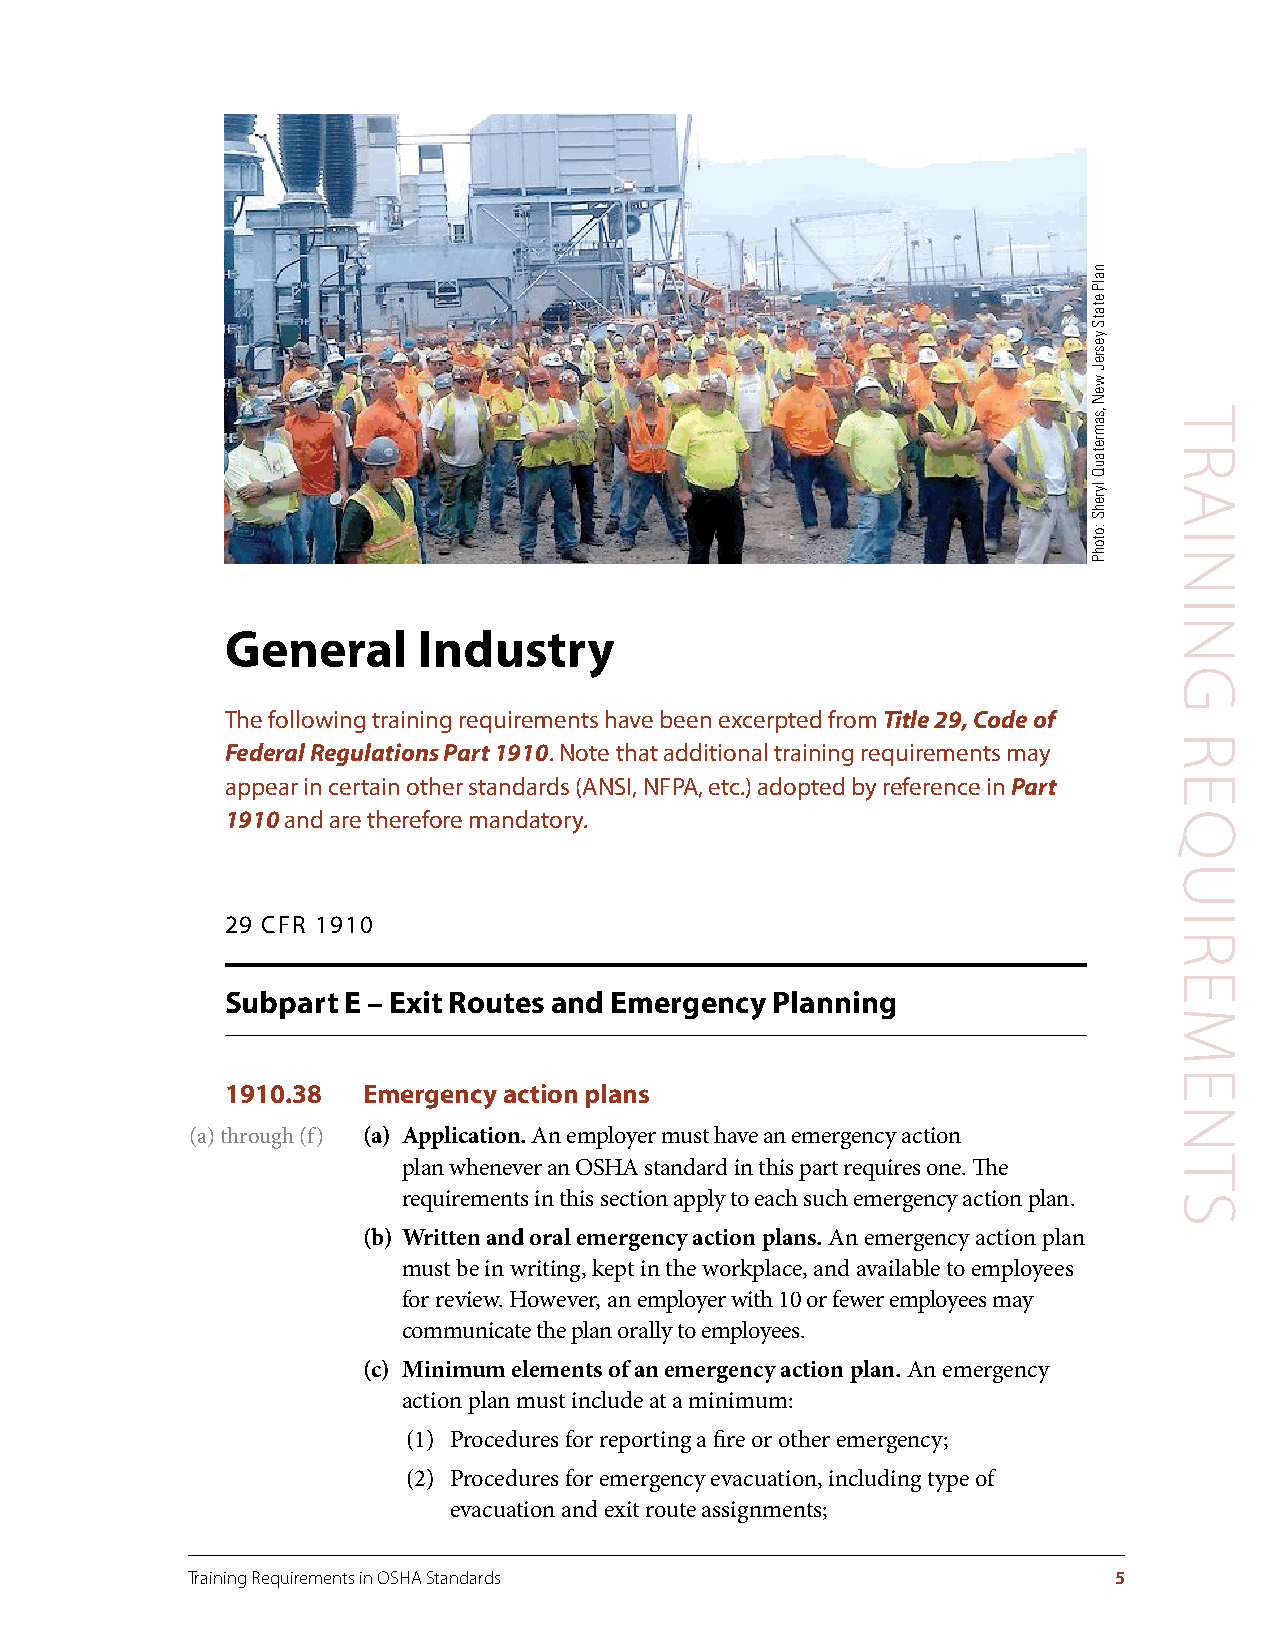
General      Industry
 The following training requirements have been excerpted from Title 29, Code of
 Federal Regulations Part 1910. Note that additional training requirements may
 appear in certain other standards (ANSI, NFPA, etc.) adopted by reference in Part
 1910 and are therefore mandatory.
 29 CFR 1910
 Subpart E – Exit Routes and Emergency Planning
 1910.38  Emergency action plans
 (a) through (f) (a) Application . An employer must have an emergency action
 plan whenever an OSHA standard in this part requires one. The
 requirements in this section apply to each such emergency action plan.
 (b) Written and oral emergency action plans . An emergency action plan
 must be in writing, kept in the workplace, and available to employees
 for review. However, an employer with 10 or fewer employees may
 communicate the plan orally to employees.
 (c) Minimum elements of an emergency action plan . An emergency
 action plan must include at a minimum:
 (1) Procedures for reporting a fire or other emergency;
 (2) Procedures for emergency evacuation, including type of
 evacuation and exit route assignments;
 Training Requirements in OSHA Standards                       5
 nalP
 etatS
 yesreJ
 weN
 ,samretauQ
 lyrehS
 :otohP
 TRAINING
 REQUIREMENTS